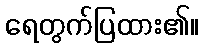
ရေတွက်ပြထား၏။